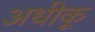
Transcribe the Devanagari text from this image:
अधीकू